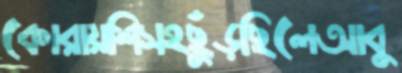
কোরায়শিসহছুঁড়ছিলেআবু